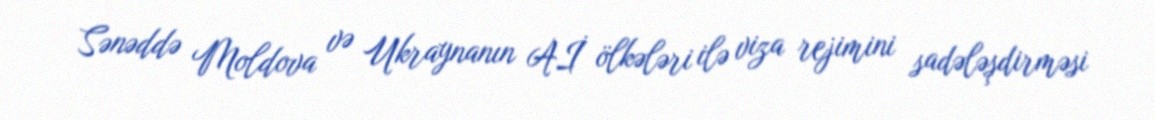
Sənəddə Moldova və Ukraynanın Aİ ölkələri ilə viza rejimini sadələşdirməsi